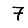
Digit: 7